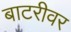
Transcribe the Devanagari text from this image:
बाटरीवर